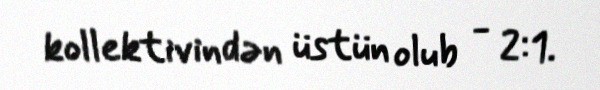
kollektivindən üstün olub - 2:1.